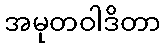
အမုတဝါဒိတာ